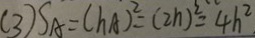
( 3 ) S _ { A } = ( h A ) ^ { 2 } = ( 2 n ) ^ { 2 } = 4 h ^ { 2 }